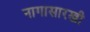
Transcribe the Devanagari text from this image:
नागासारखी